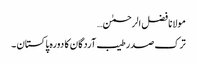
مولانا فضل الرحمٰن…
ترک صدر طیب آردگان کا دورہ پاکستان ۔